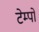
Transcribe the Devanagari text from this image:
टेम्‍पो